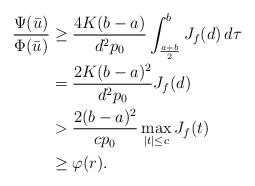
\begin{align*}\frac{\Psi(\bar u)}{\Phi(\bar u)} &\ge \frac{4K(b-a)}{d^2p_0}\int_{\frac{a+b}{2}}^b J_f(d)\,d\tau \\&= \frac{2K(b-a)^2}{d^2p_0}J_f(d) \\&> \frac{2(b-a)^2}{cp_0}\max_{|t|\le c}J_f(t) \\&\ge \varphi(r). \end{align*}